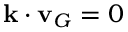
{ \mathbf { k } } \cdot { \mathbf { v } } _ { G } = 0